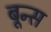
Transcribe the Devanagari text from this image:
बून्स